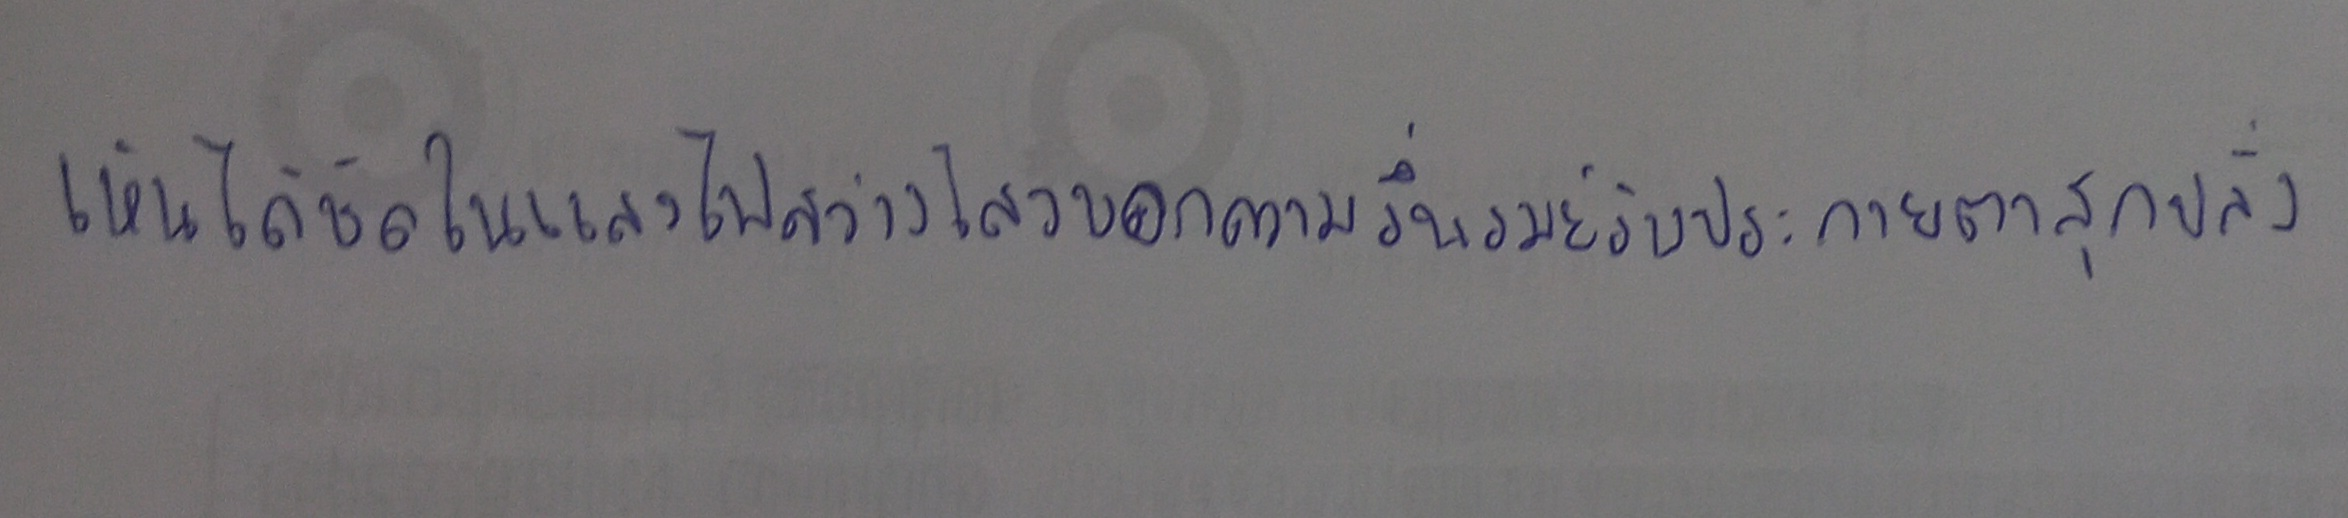
เห็นได้ชัดในแสงไฟสว่างไสวบอกความรื่นรมย์รับประกายตาสุกปลั่ง